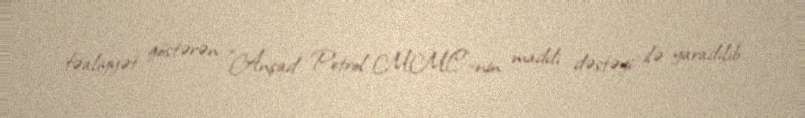
fəaliyyət göstərən "Anşad Petrol MMC"-nin maddi dəstəyi ilə yaradılıb.